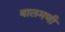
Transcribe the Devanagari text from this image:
बालमणी